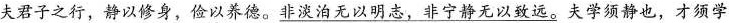
夫君子之行，静以修身，俭以养德。非淡泊无以明志，非宁静无以致远。夫学须静也，才须学